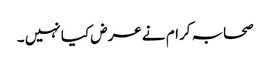
صحابہ کرام نے عرض کیا نہیں ۔